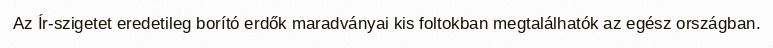
Az Ír-szigetet eredetileg borító erdők maradványai kis foltokban megtalálhatók az egész országban.